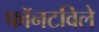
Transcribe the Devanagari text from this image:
फॉनटविले